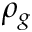
\rho _ { g }